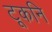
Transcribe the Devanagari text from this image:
टूकनि